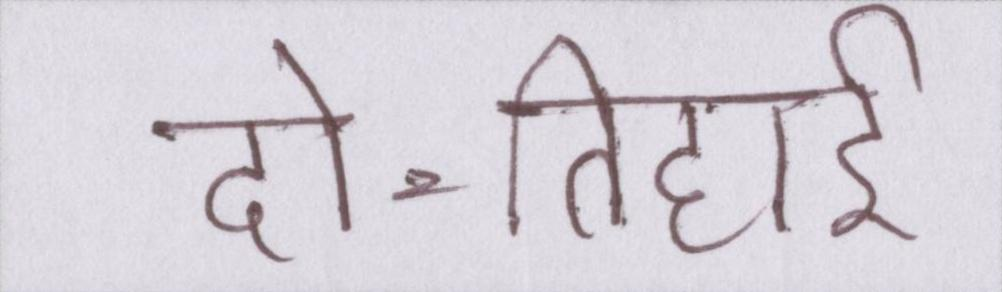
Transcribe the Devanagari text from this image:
दो-तिहाई